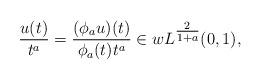
LaTeX: \begin{align*} \frac{u(t)}{t^a} = \frac{(\phi_a u)(t)}{ \phi_a(t) t^a} \in wL^{\tfrac2{1+a}} (0,1),\end{align*}